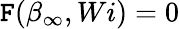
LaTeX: \mathtt{F}(\beta_{\infty},Wi)=0